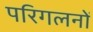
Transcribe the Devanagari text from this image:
परिगलनों